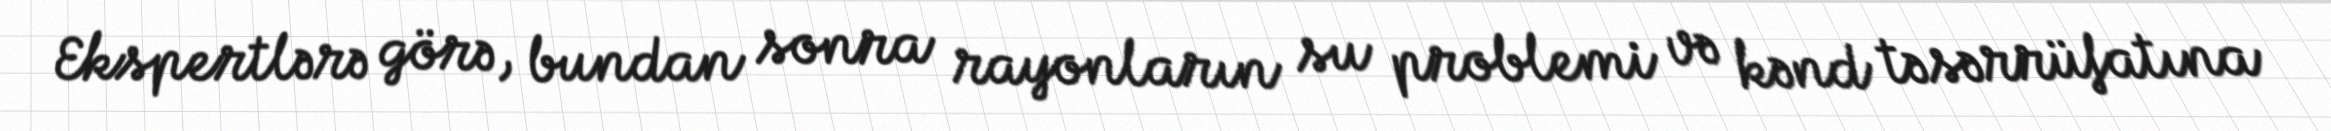
Ekspertlərə görə, bundan sonra rayonların su problemi və kənd təsərrüfatına